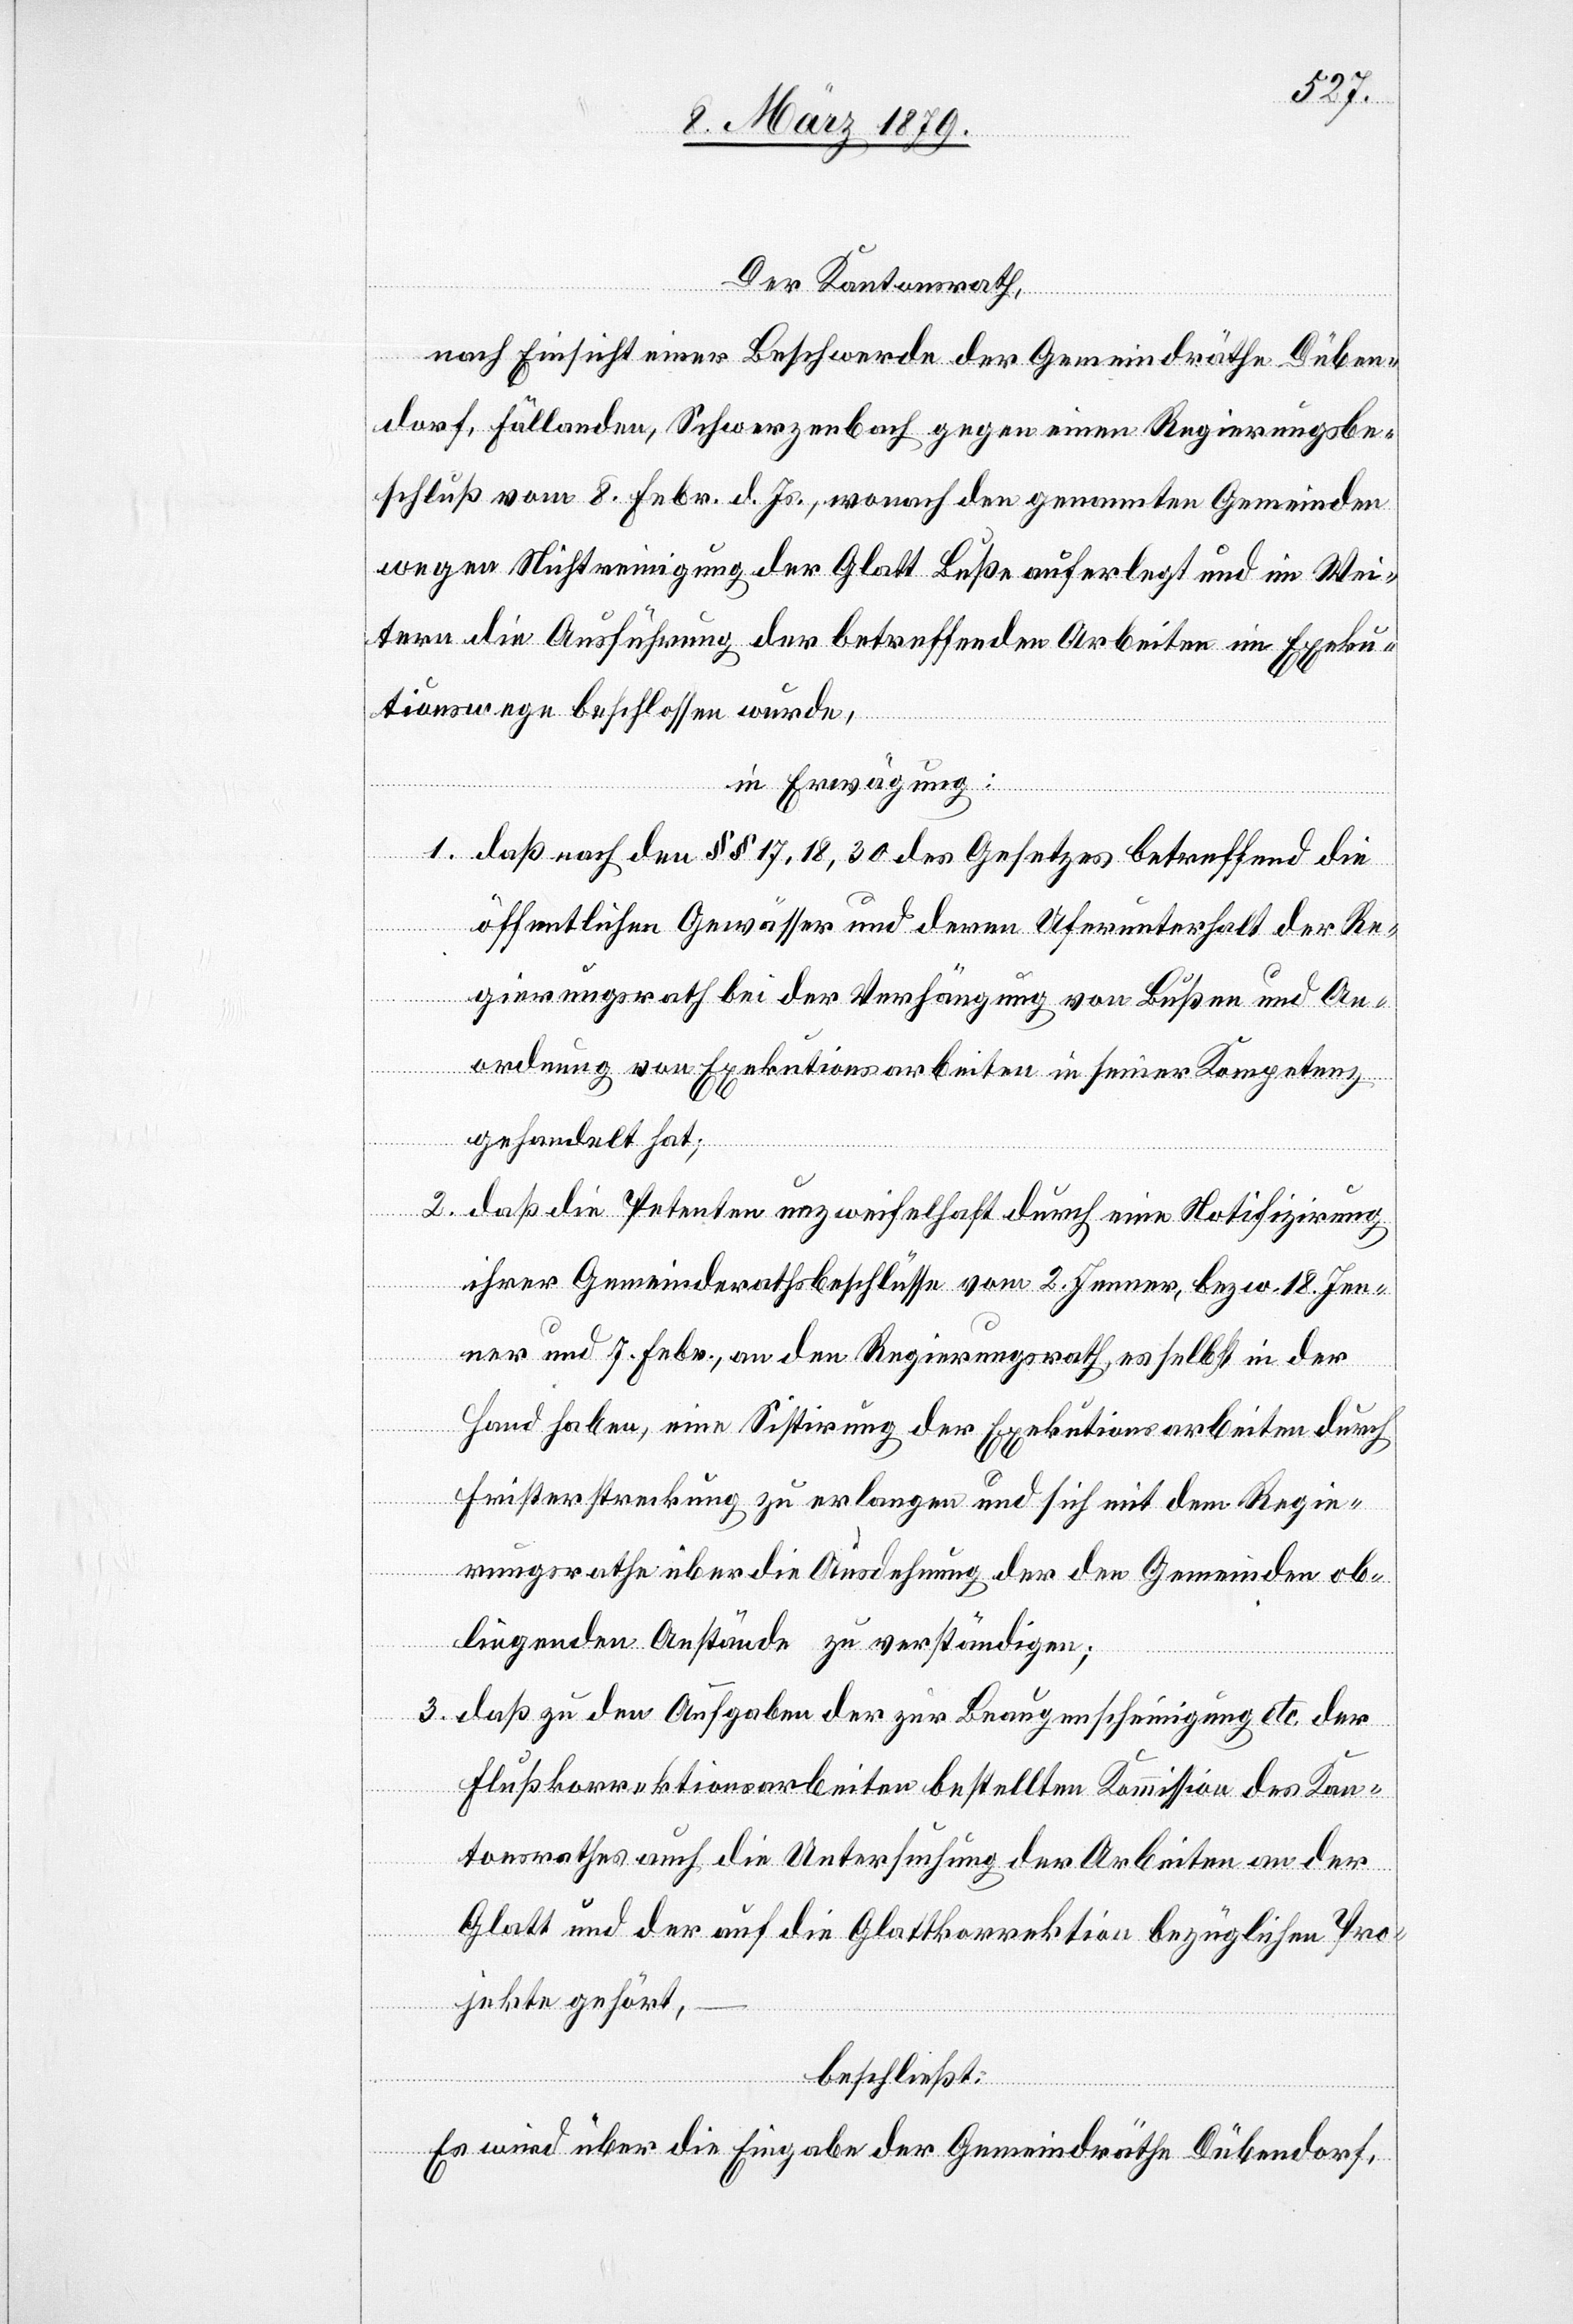
Der Kantonsrath,
nach Einsicht einer Beschwerde der Gemeindräthe Düben¬
dorf, Fällanden, Schwerzenbach gegen einen Regierungsbe¬
schluß vom 8. Febr. d. Js., wonach den genannten Gemeinden
wegen Nichtreinigung der Glatt Buße auferlegt und im Wei¬
tern die Ausführung der betreffenden Arbeiten im Exeku¬
tionswege beschlossen wurde,
in Erwägung:
1. daß nach den §§ 17, 18, 30 des Gesetzes betreffend die
öffentlichen Gewässer und deren Uferunterhalt der Re¬
gierungsrath bei der Verhängung von Bußen und An¬
ordnung von Exekutionsarbeiten in seiner Kompetenz
gehandelt hat;
2. daß die Petenten unzweifelhaft durch eine Notifizirung
ihrer Gemeinderathsbeschlüsse vom 2. Jenner, bezw. 18. Jen¬
ner und 7. Febr., an den Regierungsrath, es selbst in der
Hand haben, eine Sistirung der Exekutionsarbeiten durch
Fristerstreckung zu erlangen und sich mit dem Regie¬
rungsrathe über die Ausdehnung der den Gemeinden ob¬
liegenden Anstände zu verständigen;
3. daß zu den Aufgaben der zur Beaugenscheinigung etc. der
Flußkorrektionsarbeiten bestellten Kommission des Kan¬
tonsrathes auch die Untersuchung der Arbeiten an der
Glatt und der auf die Glattkorrektion bezüglichen Pro¬
jekte gehört,
beschließt:
Es wird über die Eingabe der Gemeindräthe Dübendorf,